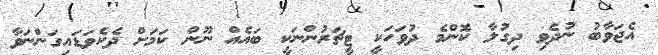
އެޖަވާބު ނުދެވި ދިގުލާ ކޮންމެ ދުވަހަކީ ޓީޗަރުންނަކީ ބައެއް ނޫން ކަމަށް ދެކެވަޑައިގަންނަވާ